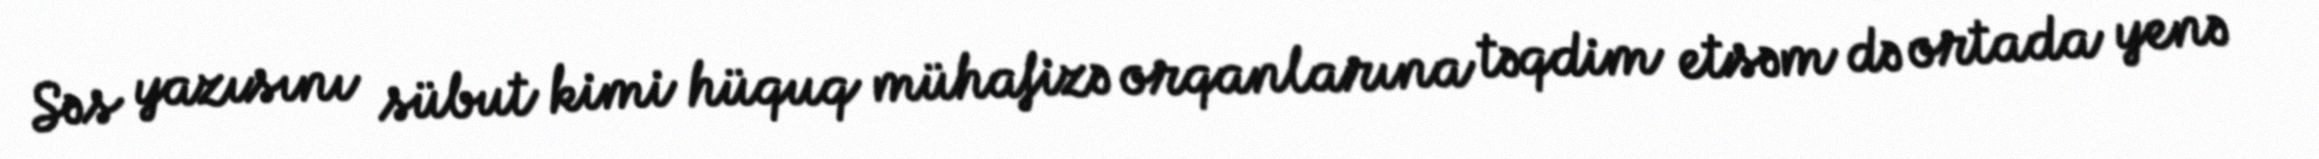
Səs yazısını sübut kimi hüquq mühafizə orqanlarına təqdim etsəm də ortada yenə